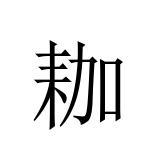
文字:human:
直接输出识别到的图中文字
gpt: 耞